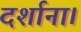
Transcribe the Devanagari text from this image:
दर्शाना।